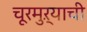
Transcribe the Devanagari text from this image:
चूरमुऱ्याची